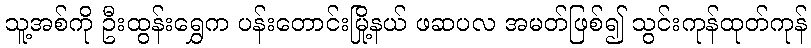
သူ့အစ်ကို ဦးထွန်းရွှေက ပန်းတောင်းမြို့နယ် ဖဆပလ အမတ်ဖြစ်၍ သွင်းကုန်ထုတ်ကုန်